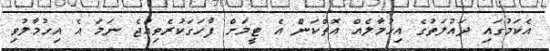
އެކަމުގައި ދައުލަތުގެ އިހުމާލެއް އޮތްކަން އެ ޓީމަށް ފާހަގަކުރެވިއްޖެ ނަމަ އެ އިހުމާލުވި